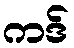
ကဒ်